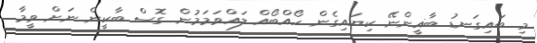
މި ބައިގަނޑު ބާޣީންނޭ ކިޔައިގެން ހޯއްބޯއް ލައްވަމަމުން ގޮސް ބާކީން ނަށް ވީމާ